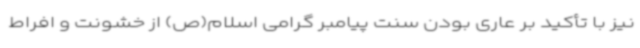
نیز با تأکید بر عاری بودن سنت پیامبر گرامی اسلام(ص) از خشونت و افراط